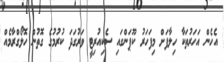
އެހެން އަހަރުތަކާ ހިލާފަށް މިފަހަރު ކޫޕަންގައި ސެކިއުރިޓީ ވަރުގަދަ ކުރުމުގެ ގޮތުން ހޮލޯގްރާމެއް